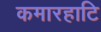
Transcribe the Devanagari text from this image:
कमारहाटि